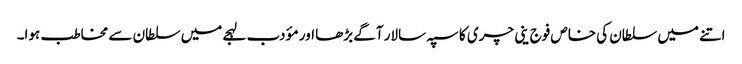
اتنے میں سلطان کی خاص فوج ینی چری کا سپہ سالار آگے بڑھا اور مؤدب لہجے میں سلطان سے مخاطب ہوا۔